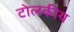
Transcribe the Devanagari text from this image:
टोलकीय